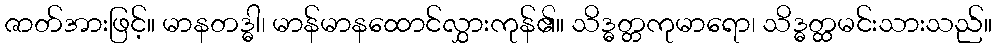
ဇာတ်အားဖြင့်။ မာနတဒ္ဓါ၊ မာန်မာနထောင်လွှားကုန်၏။ သိဒ္ဓတ္တကုမာရော၊ သိဒ္ဓတ္ထမင်းသားသည်။